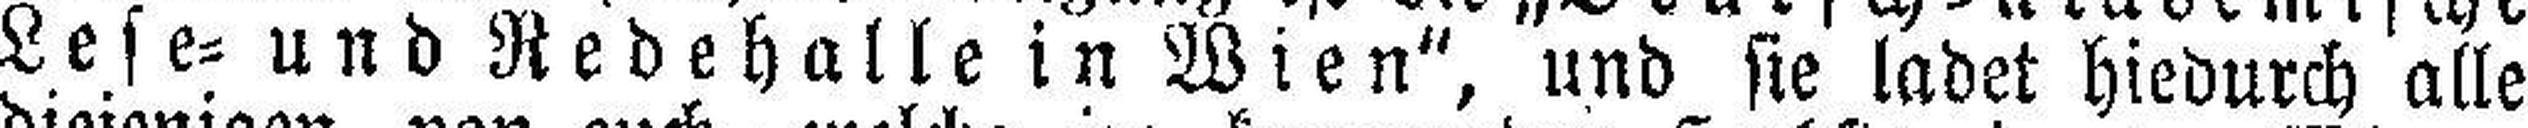
Lese= und Redehalle in Wien“, und sie ladet hiedurch alle